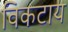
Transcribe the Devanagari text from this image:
विकटाय